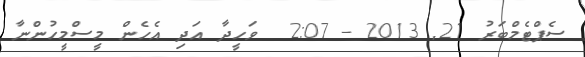
ސެޕްޓެމްބަރު 21